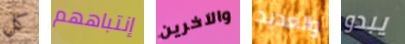
كل إنتباههم والآخرين والعديد يبدو